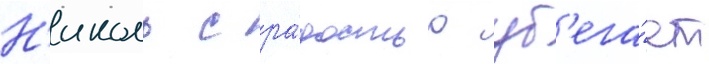
Н'иколь с ра́достью уб'ега́ет